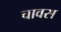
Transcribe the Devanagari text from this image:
चावस